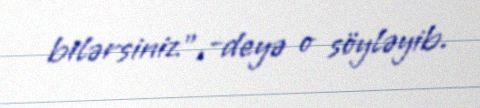
bilərsiniz”,-deyə o söyləyib.